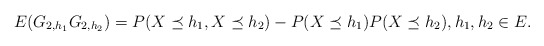
\begin{align*}E(G_{2,h_1}G_{2,h_2}) = P(X\preceq h_1, X \preceq h_2)- P(X\preceq h_1)P( X \preceq h_2), h_1,h_2 \in E.\end{align*}